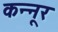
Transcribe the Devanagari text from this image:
कन्‍नूर